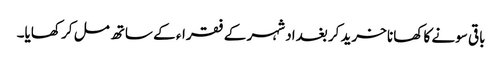
باقی سونے کا کھانا خرید کر بغداد شہر کے فقراء کے ساتھ مل کر کھایا۔